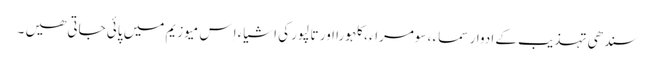
سندھی تہذیب کے ادوار سماء ، سومراء ، کلہورا اور تالپور کی اشیاء اِس میوزیم میں پائی جاتی ھیں ۔